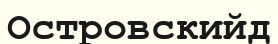
Островскийд